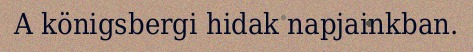
A königsbergi hidak napjainkban.